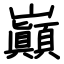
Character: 巔